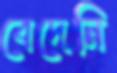
বেদেনি